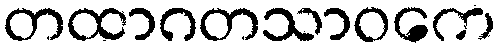
တထာဂတသာဝကေ